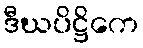
ဒီဃပိဋ္ဌိကေ